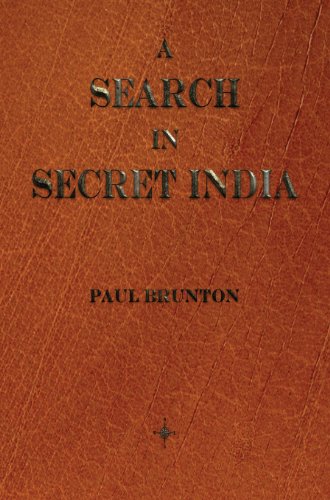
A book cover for A Search in Secret India; Paul Brunton; Religion & Spirituality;